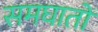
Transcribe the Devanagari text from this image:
समघातों